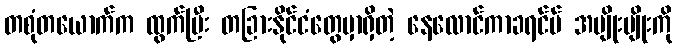
တစုံတယောက်က ထွက်ပြီး တခြားနိုင်ငံတွေမှာရှိတဲ့ နေလောင်ကာခရင်မ် အမျိုးမျိုးကို